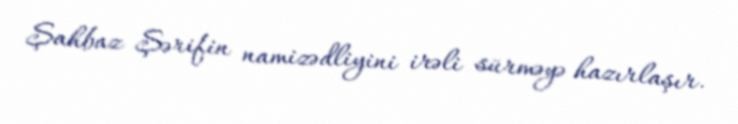
Şahbaz Şərifin namizədliyini irəli sürməyə hazırlaşır.